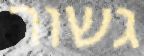
גשור